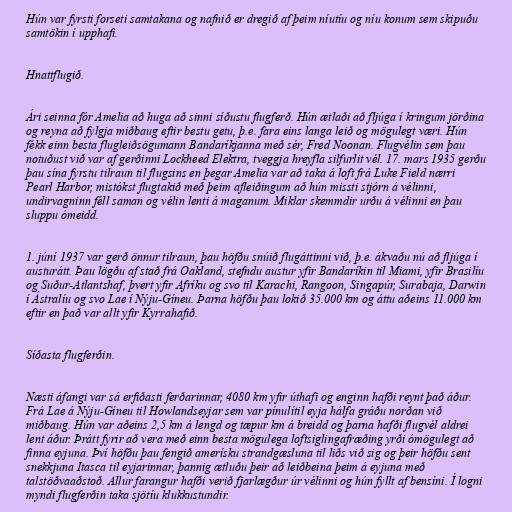
Hún var fyrsti forseti samtakana og nafnið er dregið af þeim níutíu og níu konum sem skipuðu
samtökin í upphafi.

Hnattflugið.

Ári seinna fór Amelia að huga að sinni síðustu flugferð. Hún ætlaði að fljúga í kringum jörðina
og reyna að fylgja miðbaug eftir bestu getu, þ.e. fara eins langa leið og mögulegt væri. Hún
fékk einn besta flugleiðsögumann Bandaríkjanna með sér, Fred Noonan. Flugvélin sem þau
notuðust við var af gerðinni Lockheed Elektra, tveggja hreyfla silfurlit vél. 17. mars 1935 gerðu
þau sína fyrstu tilraun til flugsins en þegar Amelia var að taka á loft frá Luke Field nærri
Pearl Harbor, mistókst flugtakið með þeim afleiðingum að hún missti stjórn á vélinni,
undirvagninn féll saman og vélin lenti á maganum. Miklar skemmdir urðu á vélinni en þau
sluppu ómeidd.

1. júní 1937 var gerð önnur tilraun, þau höfðu snúið flugáttinni við, þ.e. ákvaðu nú að fljúga í
austurátt. Þau lögðu af stað frá Oakland, stefndu austur yfir Bandaríkin til Miami, yfir Brasilíu
og Suður-Atlantshaf, þvert yfir Afríku og svo til Karachi, Rangoon, Singapúr, Surabaja, Darwin
í Ástralíu og svo Lae í Nýju-Gíneu. Þarna höfðu þau lokið 35.000 km og áttu aðeins 11.000 km
eftir en það var allt yfir Kyrrahafið.

Síðasta flugferðin.

Næsti áfangi var sá erfiðasti ferðarinnar, 4080 km yfir úthafi og enginn hafði reynt það áður.
Frá Lae á Nýju-Gíneu til Howlandseyjar sem var pínulítil eyja hálfa gráðu norðan við
miðbaug. Hún var aðeins 2,5 km á lengd og tæpur km á breidd og þarna hafði flugvél aldrei
lent áður. Þrátt fyrir að vera með einn besta mögulega loftsiglingafræðing yrði ómögulegt að
finna eyjuna. Því höfðu þau fengið amerísku strandgæsluna til liðs við sig og þeir höfðu sent
snekkjuna Itasca til eyjarinnar, þannig ætluðu þeir að leiðbeina þeim á eyjuna með
talstöðvaaðstoð. Allur farangur hafði verið fjarlægður úr vélinni og hún fyllt af bensíni. Í logni
myndi flugferðin taka sjötíu klukkustundir.